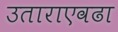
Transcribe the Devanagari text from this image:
उताराएवढा